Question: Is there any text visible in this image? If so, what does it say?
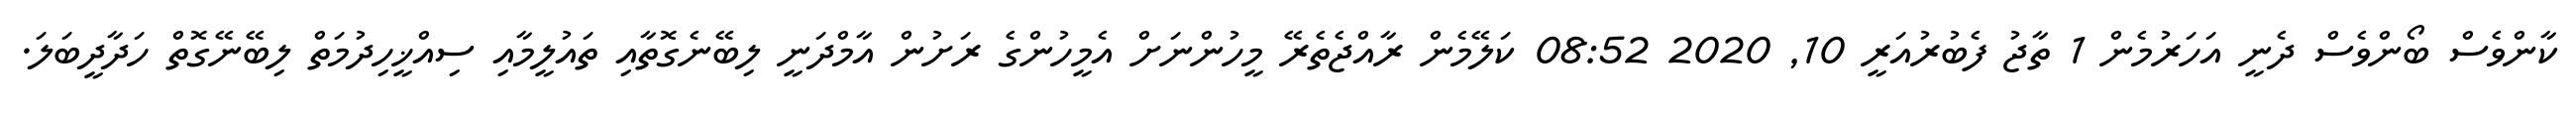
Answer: ކާންވެސް ބޯންވެސް ދެނީ އަހަރުމެން 1 ތާޖު ފެބުރުއަރީ 10, 2020 08:52 ކަލޭމެން ރާއްޖެތެރޭ މީހުންނަށް އެމީހުންގެ ރަށުން އާމްދަނީ ލިބޭނެގޮތާއި ތައުލީމާއި ސިއްޚީހިދުމަތް ލިބޭނޭގޮތް ހަދާދީބަލަ.